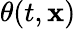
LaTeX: \theta(t,{\textbf{x}})